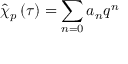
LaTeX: \widehat { \chi } _ { p } \left( \tau \right) = \sum _ { n = 0 } a _ { n } q ^ { n }